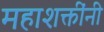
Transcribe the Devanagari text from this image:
महाशक्तींनी